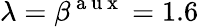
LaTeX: \lambda=\beta^{\mathrm{~a~u~x~}}=1.6